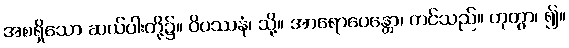
အစရှိသော ဆယ်ပါးတို့၌။ ဝိပဿနံ၊ သို့။ အာရောပေန္တော၊ တင်သည်။ ဟုတွာ၊ ၍။